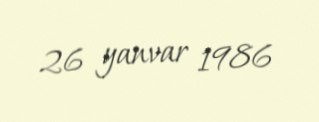
26 yanvar 1986